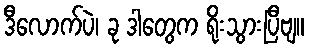
ဒီလောက်ပဲ၊ ခု ဒါတွေက ရိုးသွားပြီဗျ။